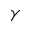
\gamma